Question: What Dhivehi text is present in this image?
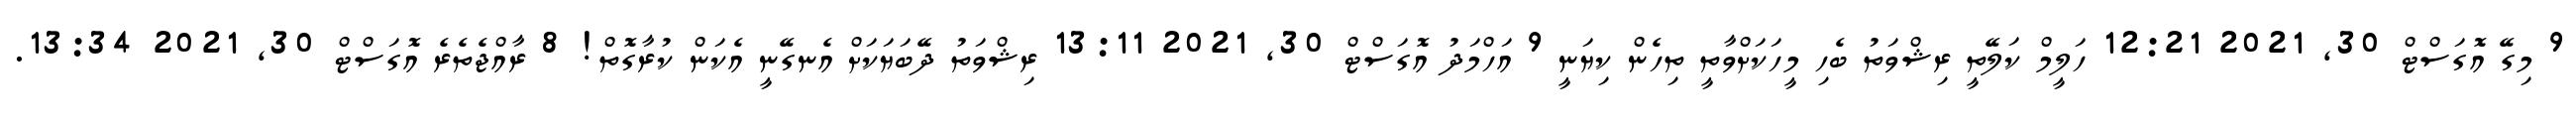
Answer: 9 މިގޭ އޮގަސްޓް 30, 2021 12:21 ހަލީމް ކަލޭތީ ރިޝްވަތު ބެހި މީހަކަށްވާތީ ތިހެން ކިޔަނީ 9 އަހްމަދު އޮގަސްޓް 30, 2021 13:11 ރިޝްވަތު ދޭބަޔަކަށް އެނގޭނީ އެކަން ކުރާގޮތް! 8 ރާއްޖެތެރެ އޮގަސްޓް 30, 2021 13:34.